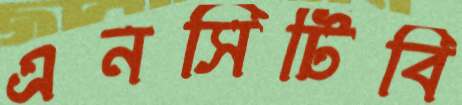
এনসিটিবি